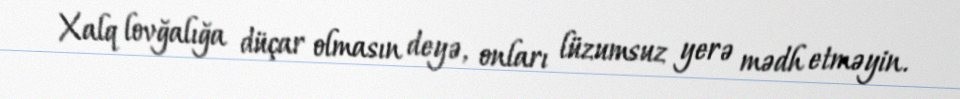
Xalq lovğalığa düçar olmasın deyə, onları lüzumsuz yerə mədh etməyin.